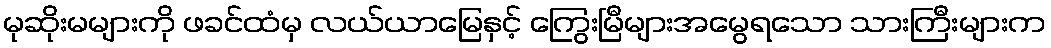
မုဆိုးမများကို ဖခင်ထံမှ လယ်ယာမြေနှင့် ကြွေးမြီများအမွေရသော သားကြီးများက